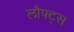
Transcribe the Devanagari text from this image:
लौफ्ट्स